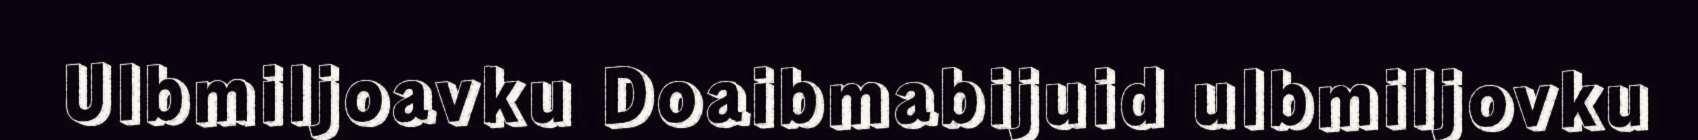
Ulbmiljoavku Doaibmabijuid ulbmiljovku